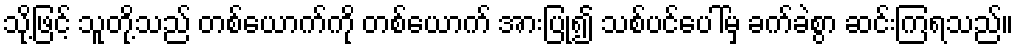
သို့ဖြင့် သူတို့သည် တစ်ယောက်ကို တစ်ယောက် အားပြု၍ သစ်ပင်ပေါ်မှ ခက်ခဲစွာ ဆင်းကြရသည်။